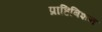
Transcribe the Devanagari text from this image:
प्राहिबिशन